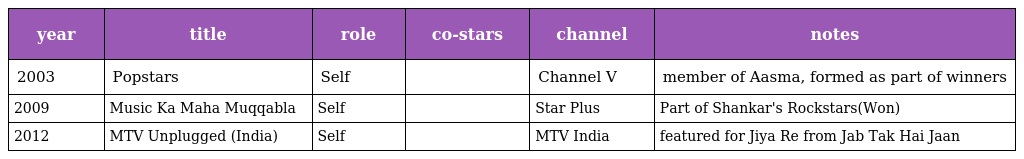
| year | title | role | co-stars | channel | notes |
 | --- | --- | --- | --- | --- | --- |
 | 2003 | Popstars | Self |  | Channel V | member of Aasma, formed as part of winners |
 | 2009 | Music Ka Maha Muqqabla | Self |  | Star Plus | Part of Shankar's Rockstars(Won) |
 | 2012 | MTV Unplugged (India) | Self |  | MTV India | featured for Jiya Re from Jab Tak Hai Jaan |